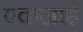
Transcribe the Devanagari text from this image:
एकजाई